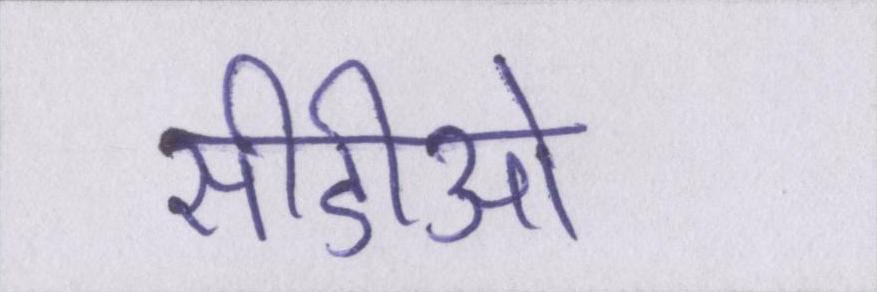
सीडीओ